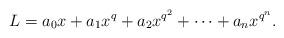
LaTeX: \begin{align*}L=a_0x+a_1x^q+a_2x^{q^2}+\cdots+a_n x^{q^n}.\end{align*}